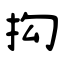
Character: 抅